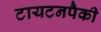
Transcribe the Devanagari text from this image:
टायटनपैकी